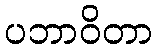
ပဘာဝိတာ